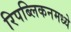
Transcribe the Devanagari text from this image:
रिपब्लिकनमध्ये